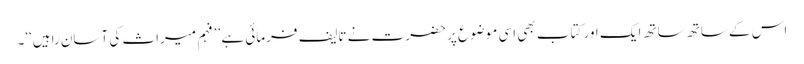
اس کے ساتھ ساتھ ایک اور کتاب بھی اسی موضوع پر حضرت نے تالیف فرمائی ہے ’’فہم میراث کی آسان راہیں‘‘۔